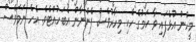
މީހުން އުޅެފައި ވާ ކަމުގެ ހެކި މިހާރުވެސް ފެންނާން އެބަހުއްޓެވެ. އެހެ ނަމަވެސް